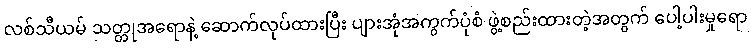
လစ်သီယမ် သတ္တုအရောနဲ့ ဆောက်လုပ်ထားပြီး ပျားအုံအကွက်ပုံစံ ဖွဲ့စည်းထားတဲ့အတွက် ပေါ့ပါးမှုရော